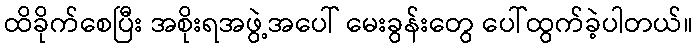
ထိခိုက်စေပြီး အစိုးရအဖွဲ့အပေါ် မေးခွန်းတွေ ပေါ်ထွက်ခဲ့ပါတယ်။